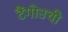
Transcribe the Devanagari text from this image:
टैंगोउची